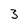
Character: 3